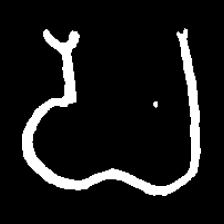
Pyu character \u2014 Myanmar letter: ပ (romanized: pa)